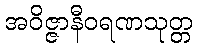
အဝိဇ္ဇာနီဝရဏသုတ္တ